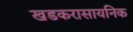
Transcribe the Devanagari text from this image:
खडकरासायनिक